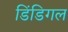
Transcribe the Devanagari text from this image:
डिंडिगल